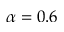
\alpha = 0 . 6